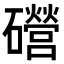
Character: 𥗞